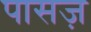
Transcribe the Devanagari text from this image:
पासज़